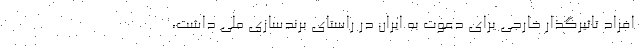
افراد تاثیرگذار خارجی برای دعوت به ایران در راستای برندسازی ملی داشت،